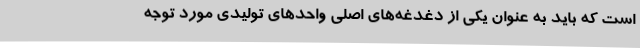
است که باید به عنوان یکی از دغدغه‌های اصلی واحدهای تولیدی مورد توجه